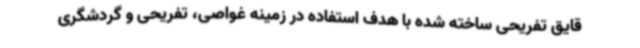
قایق تفریحی ساخته شده با هدف استفاده در زمینه غواصی، تفریحی و گردشگری